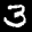
Label: 3